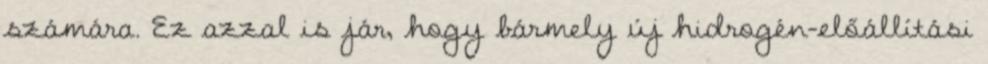
számára. Ez azzal is jár, hogy bármely új hidrogén-előállítási